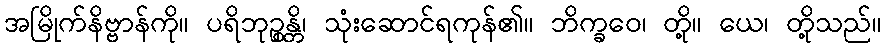
အမြိုက်နိဗ္ဗာန်ကို။ ပရိဘုဉ္စန္တိ၊ သုံးဆောင်ရကုန်၏။ ဘိက္ခဝေ၊ တို့။ ယေ၊ တို့သည်။